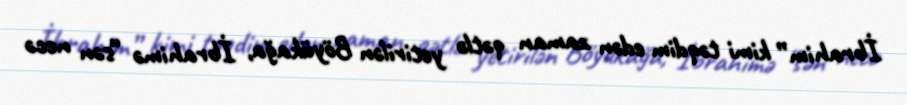
İbrahim” kimi təqdim edən zaman qətlə yetirilən Böyükağa, İbrahimə “sən necə